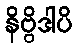
နိဗ္ဗိဒါပိ